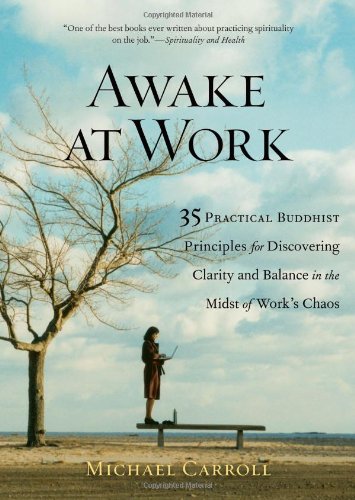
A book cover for Awake at Work: 35 Practical Buddhist Principles for Discovering Clarity and Balance in the Midst of Work's Chaos; Michael Carroll; Health, Fitness & Dieting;